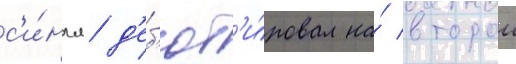
с'и́нгл д'еб'ют'и́ровал на́ второи